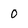
Character: 0